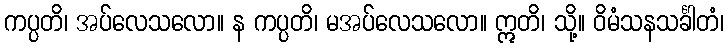
ကပ္ပတိ၊ အပ်လေသလော။ န ကပ္ပတိ၊ မအပ်လေသလော။ ဣတိ၊ သို့။ ဝိမံသနသင်္ခါတံ၊